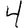
Digit: 4